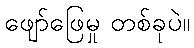
ဖျော်ဖြေမှု တစ်ခုပဲ။